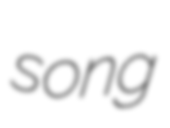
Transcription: song